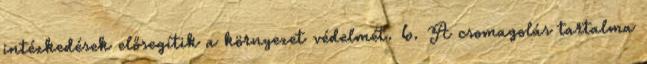
intézkedések elősegítik a környezet védelmét. 6. A csomagolás tartalma